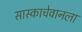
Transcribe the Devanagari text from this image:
सास्काचेवानला